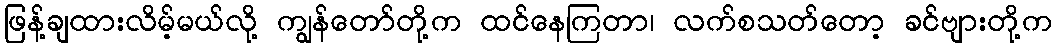
ဖြန့်ချထားလိမ့်မယ်လို့ ကျွန်တော်တို့က ထင်နေကြတာ၊ လက်စသတ်တော့ ခင်ဗျားတို့က